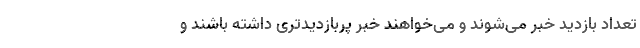
تعداد بازدید خبر می‌شوند و می‌خواهند خبر پربازدیدتری داشته باشند و